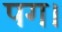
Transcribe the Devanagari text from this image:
पग।